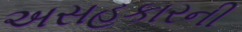
અસહકારની